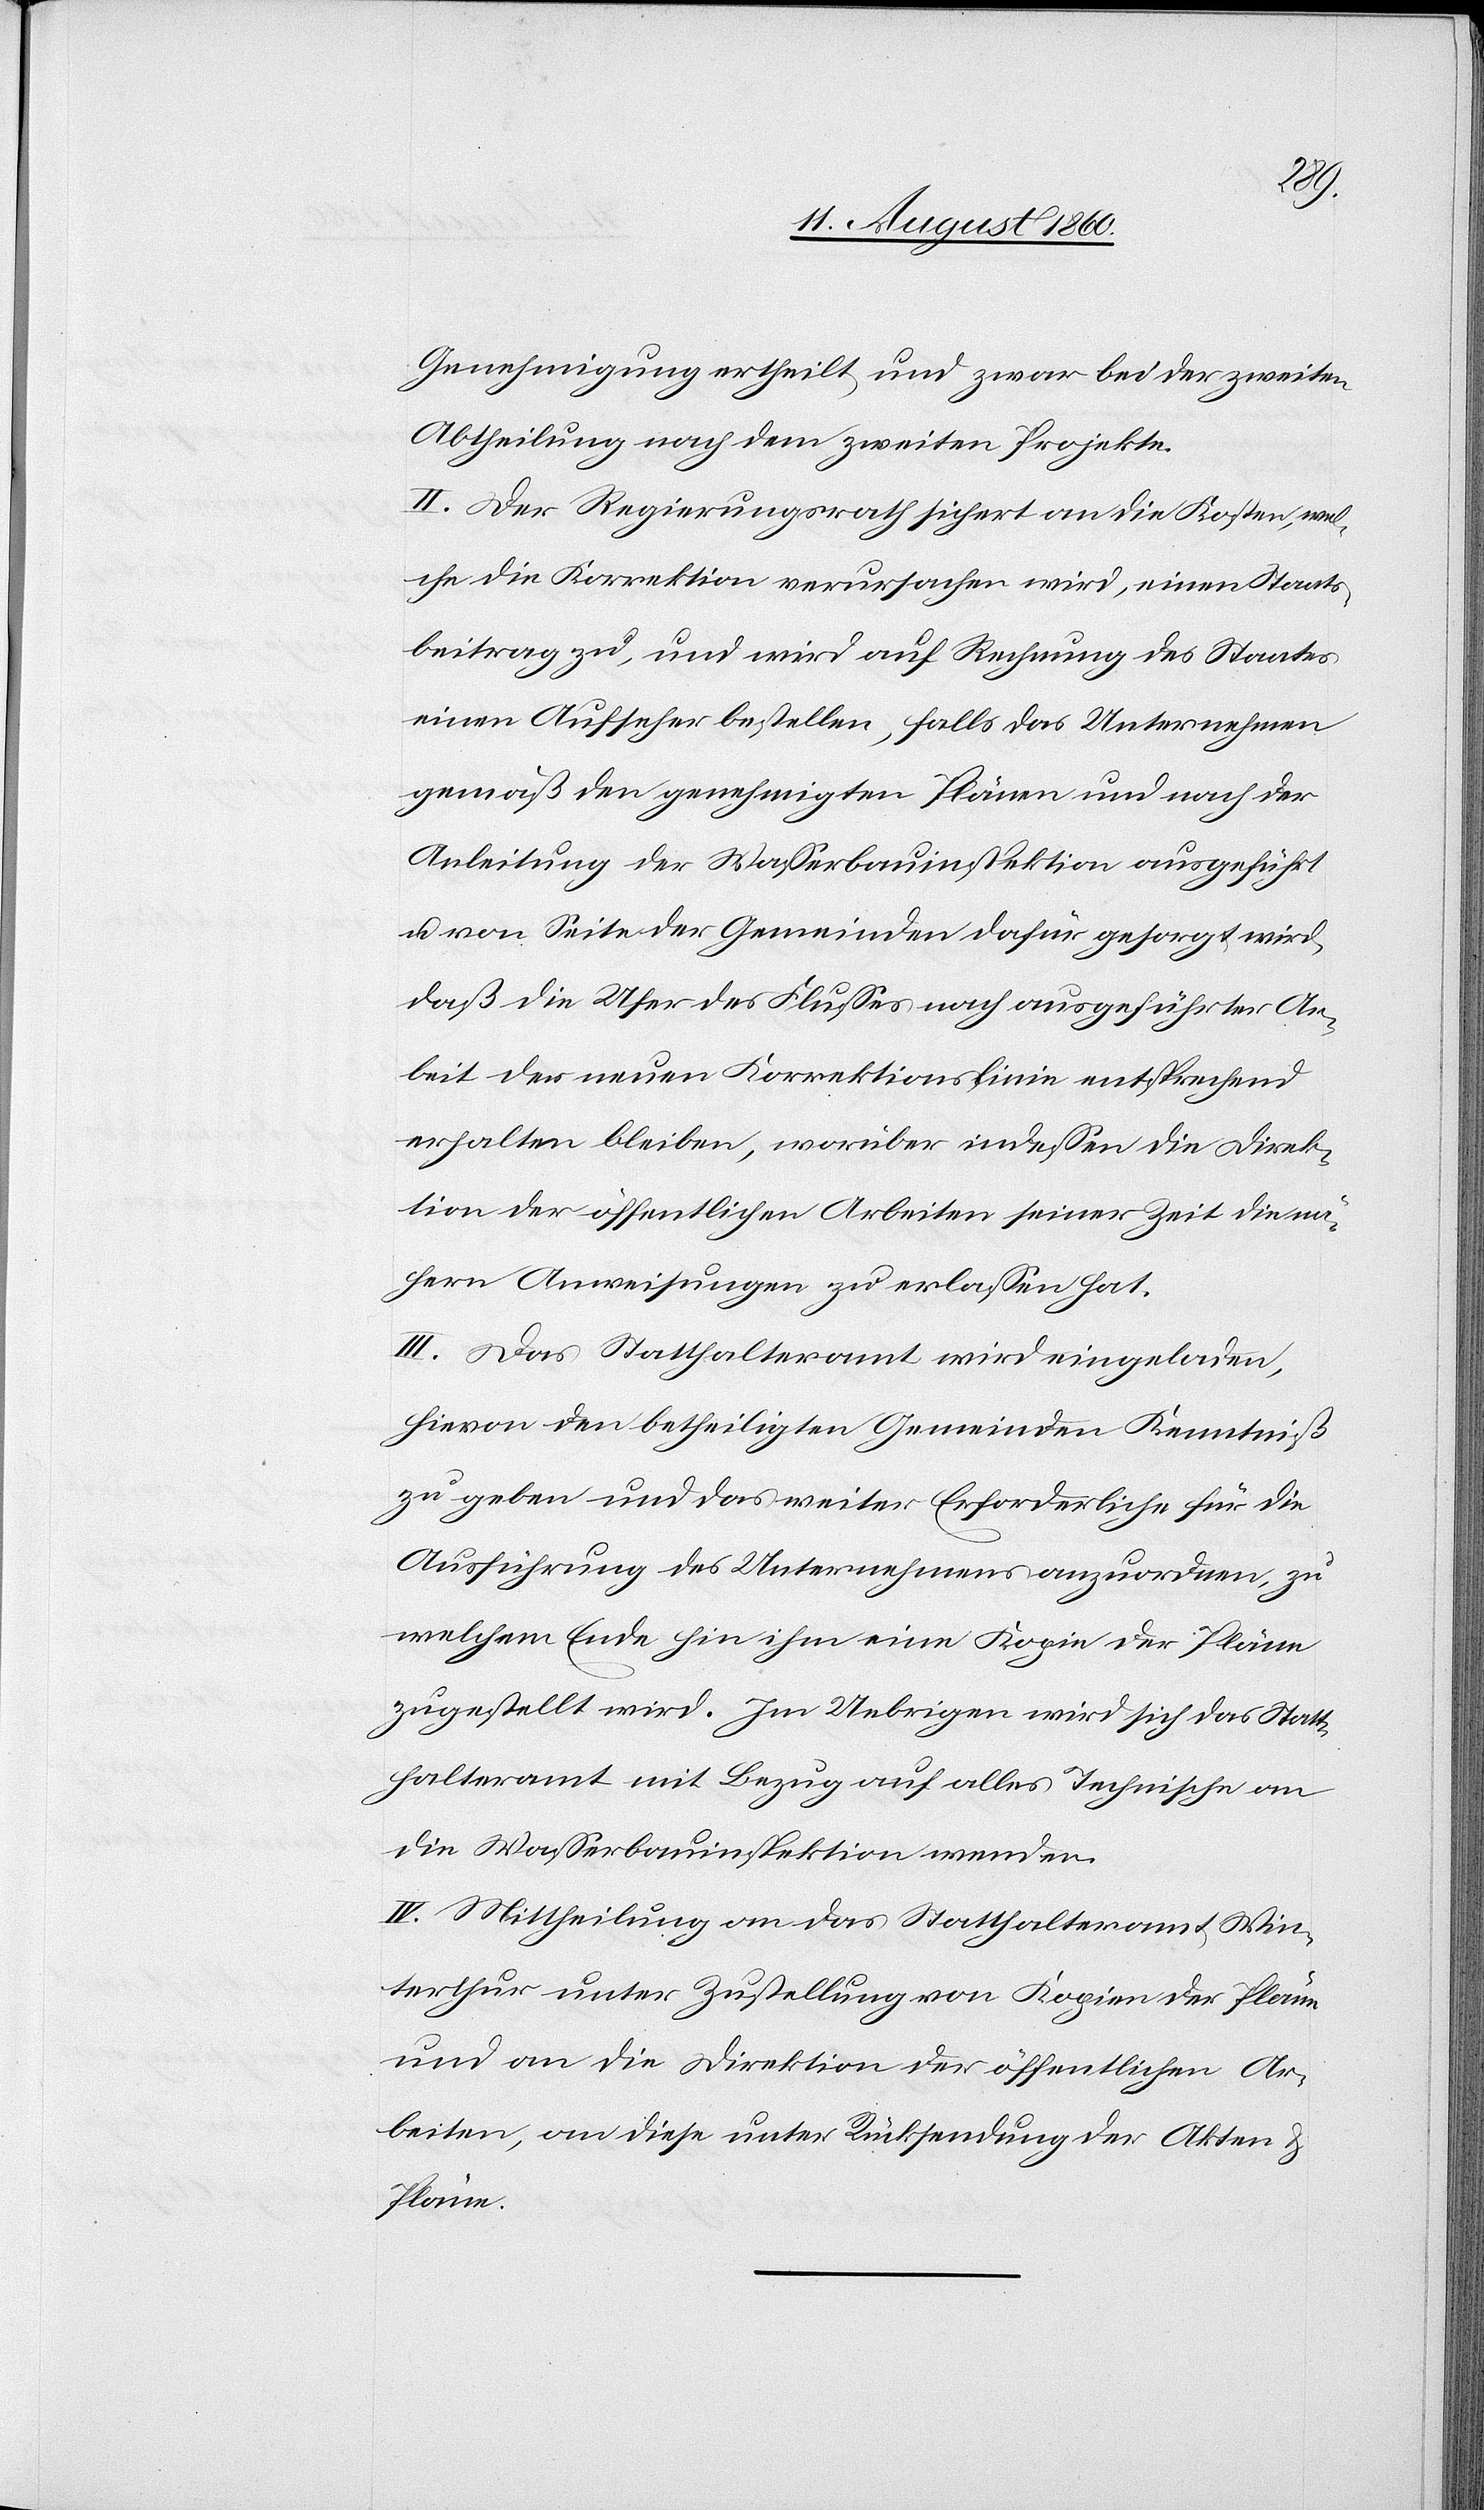
Genehmigung ertheilt und zwar bei der zweiten
Abtheilung nach dem zweiten Projekte.
II. Der Regierungsrath sichert an die Kosten wel¬
che die Korrektion verursachen wird, einen Staats¬
beitrag zu, und wird auf Rechnung des Staates
einen Aufseher bestellen, falls das Unternehmen
gemäss den genehmigten Plänen und nach der
Anleitung der Wasserbauinspektion ausgeführt
und von Seite der Gemeinden dafür gesorgt wird,
dass die Ufer des Flusses nach ausgeführter Ar¬
beit der neuen Korrektionslinie entsprechend
erhalten bleiben, worüber indessen die Direk¬
tion der öffentlichen Arbeiten seinerzeit die nä¬
hern Anweisungen zu erlassen hat.
III. Das Statthalteramt wird eingeladen,
hievon den betheiligten Gemeinden Kenntniss
zu geben und das weiter Erforderliche für die
Ausführung des Unernehmens anzuordnen, zu
welchem Ende hin ihm eine Kopie der Pläne
zugestellt wird. Im Uebrigen wird sich das Statt¬
halteramt mit Bezug auf alles Technische an
die Wasserbauinspektion wenden.
IV. Mittheilung an das Statthalteramt Win¬
terthur unter Zustellung von Kopien der Pläne
und an die Direktion der öffentlichen Ar¬
beiten, an diese, unter Rücksendung der Akten und
Pläne